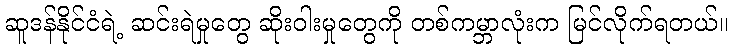
ဆူဒန်နိုင်ငံရဲ့ ဆင်းရဲမှုတွေ ဆိုးဝါးမှုတွေကို တစ်ကမ္ဘာလုံးက မြင်လိုက်ရတယ်။